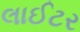
લાઈટર